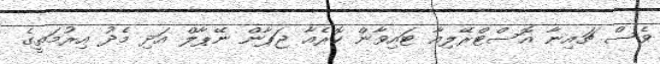
ވެސް ޗައިނާ އޮސްޓްރޭލިއާ ޓައިވާން ކޮރެއާ ޖަޕާން ނޭޕާލް އަދި މެދު އިރުމަތީގެ